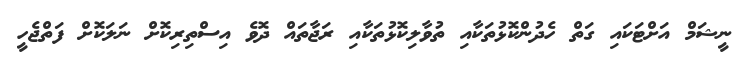
ނީޝަމް އަށްޓަކައި ގަތް ހެދުންކޮޅުތަކާއި ތުވާލިކޮޅުތަކާއި ރަޖާތައް ދޮވެ އިސްތިރިކޮށް ނަލަކޮށް ފަތްޖެހީ